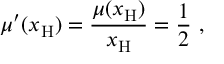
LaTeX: \mu ^ { \prime } ( x _ { \mathrm { H } } ) = \frac { \mu ( x _ { \mathrm { H } } ) } { x _ { \mathrm { H } } } = \frac { 1 } { 2 } \ ,